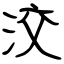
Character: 洨